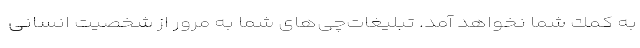
به كمك‌ شما نخواهد آمد. تبلیغات‌چی‌های شما به مرور از شخصیت انسانی